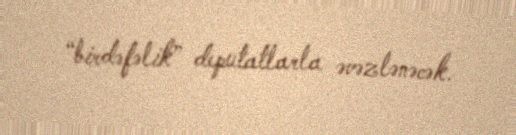
“birdəfəlik” deputatlarla əvəzlənəcək.